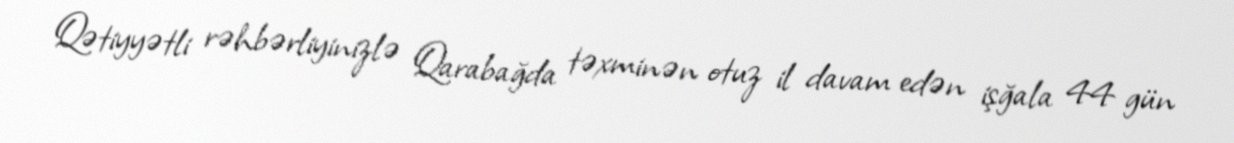
Qətiyyətli rəhbərliyinizlə Qarabağda təxminən otuz il davam edən işğala 44 gün